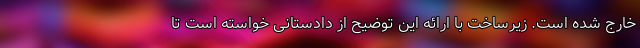
خارج شده است. زیرساخت با ارائه این توضیح از دادستانی خواسته است تا